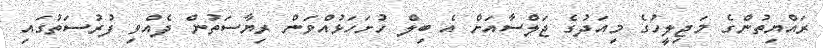
ރައްޔިތުންގެ މަޖިލީހުގެ މިއަދުގެ ޖަލްސާއަށް އެ ބިލް ހުށަހަޅުއްވަން ރިޔާސަތުން ދެއްވި ފުރުސަތުގައި